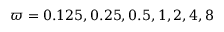
\varpi = 0 . 1 2 5 , 0 . 2 5 , 0 . 5 , 1 , 2 , 4 , 8